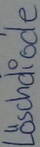
Text: Löschdiode